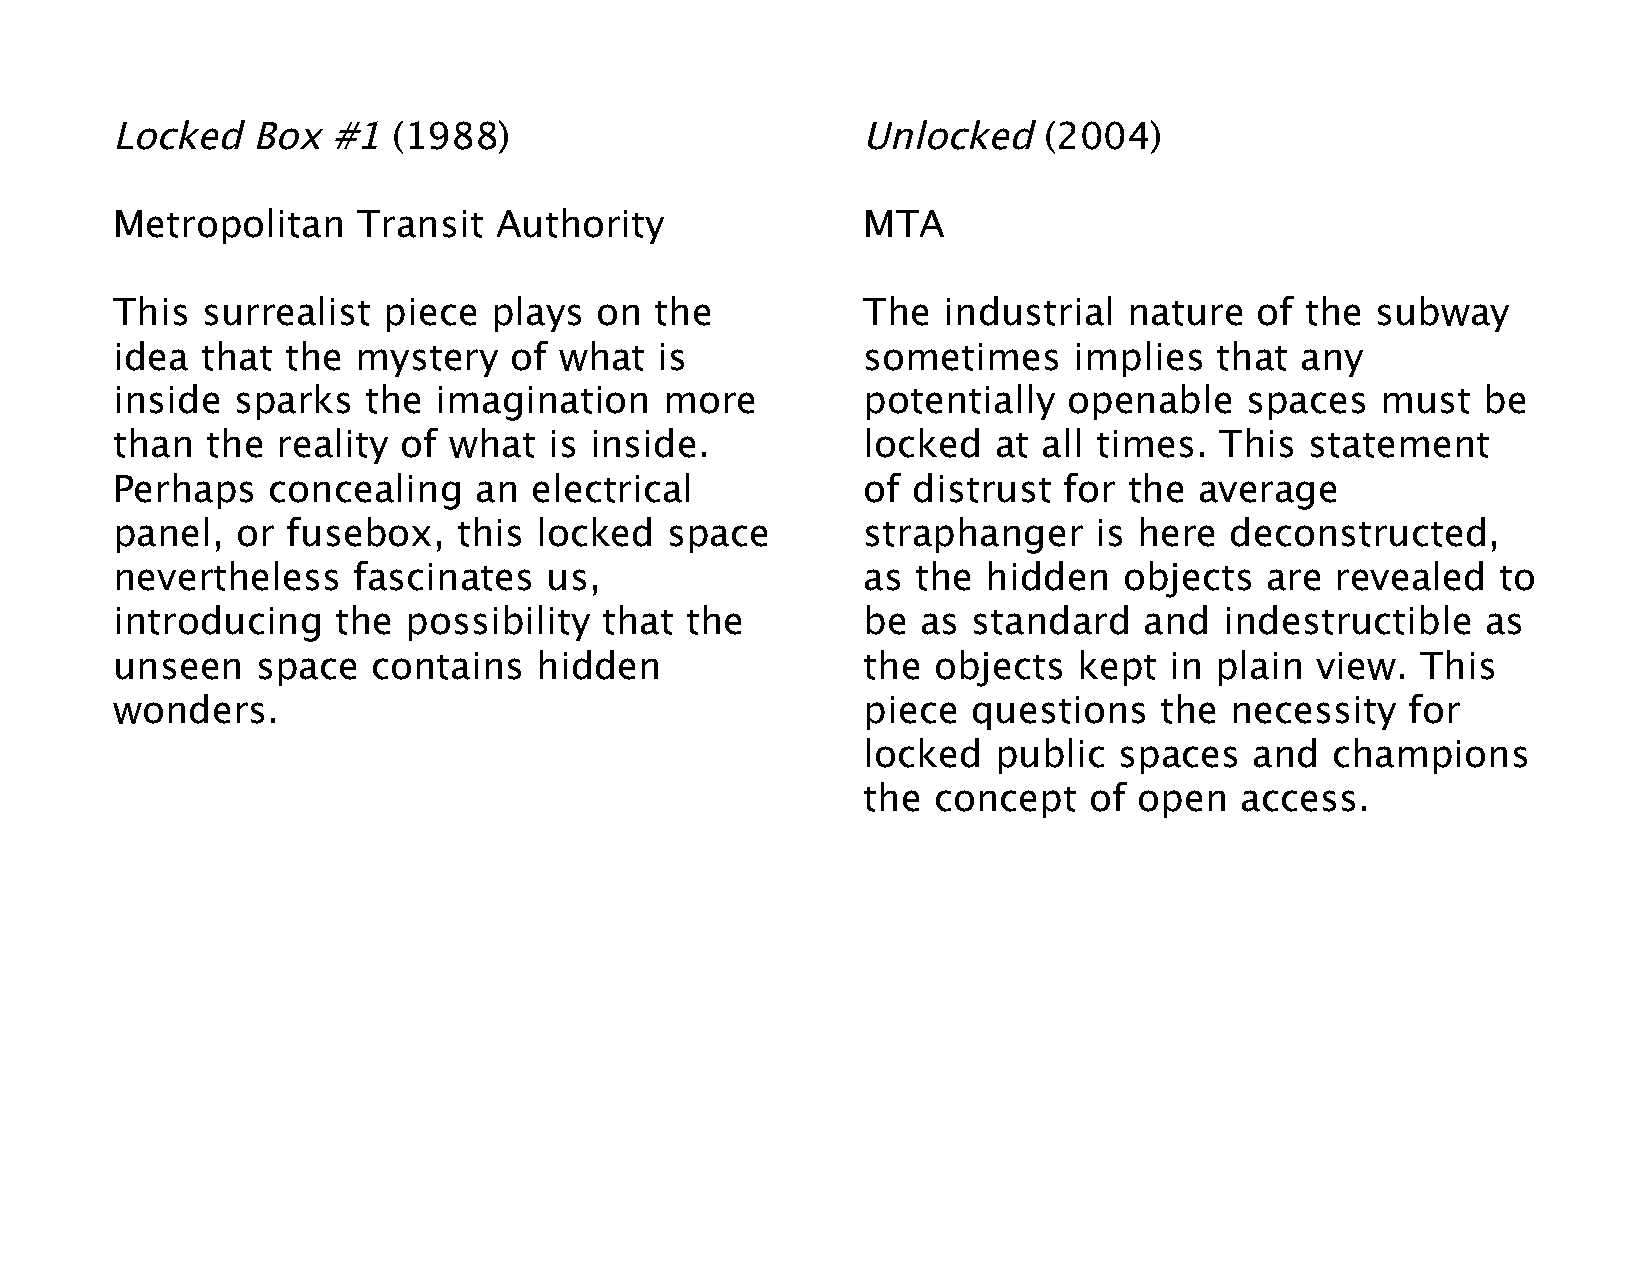
Locked    Box  #1  (1988)                         Unlocked    (2004)
 Metropolitan     Transit  Authority               MTA
 This  surrealist  piece  plays  on  the           The  industrial   nature  of the  subway
 idea  that  the  mystery   of what  is            sometimes     implies  that  any
 inside  sparks   the  imagination    more         potentially   openable   spaces   must   be
 than   the reality of  what  is inside.           locked   at all times.  This  statement
 Perhaps    concealing   an  electrical            of distrust  for  the average
 panel,   or fusebox,   this locked   space        straphanger    is here  deconstructed,
 nevertheless    fascinates   us,                  as  the hidden   objects   are revealed   to
 introducing    the  possibility  that the         be  as standard    and  indestructible   as
 unseen    space   contains  hidden                the  objects  kept  in plain  view.  This
 wonders.                                          piece  questions    the necessity   for
 locked   public  spaces   and  champions
 the  concept   of open   access.